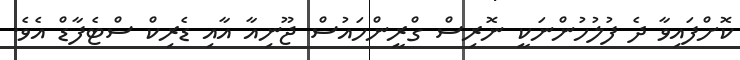
ކޮށްފައިވާ ދެ ފުލުހުންނަކީ ނޮރިސް ގްރީންހައުސް ޖޫނިއާ އާއި ޑެރިކް ސްޓެފާޑް އެވެ.